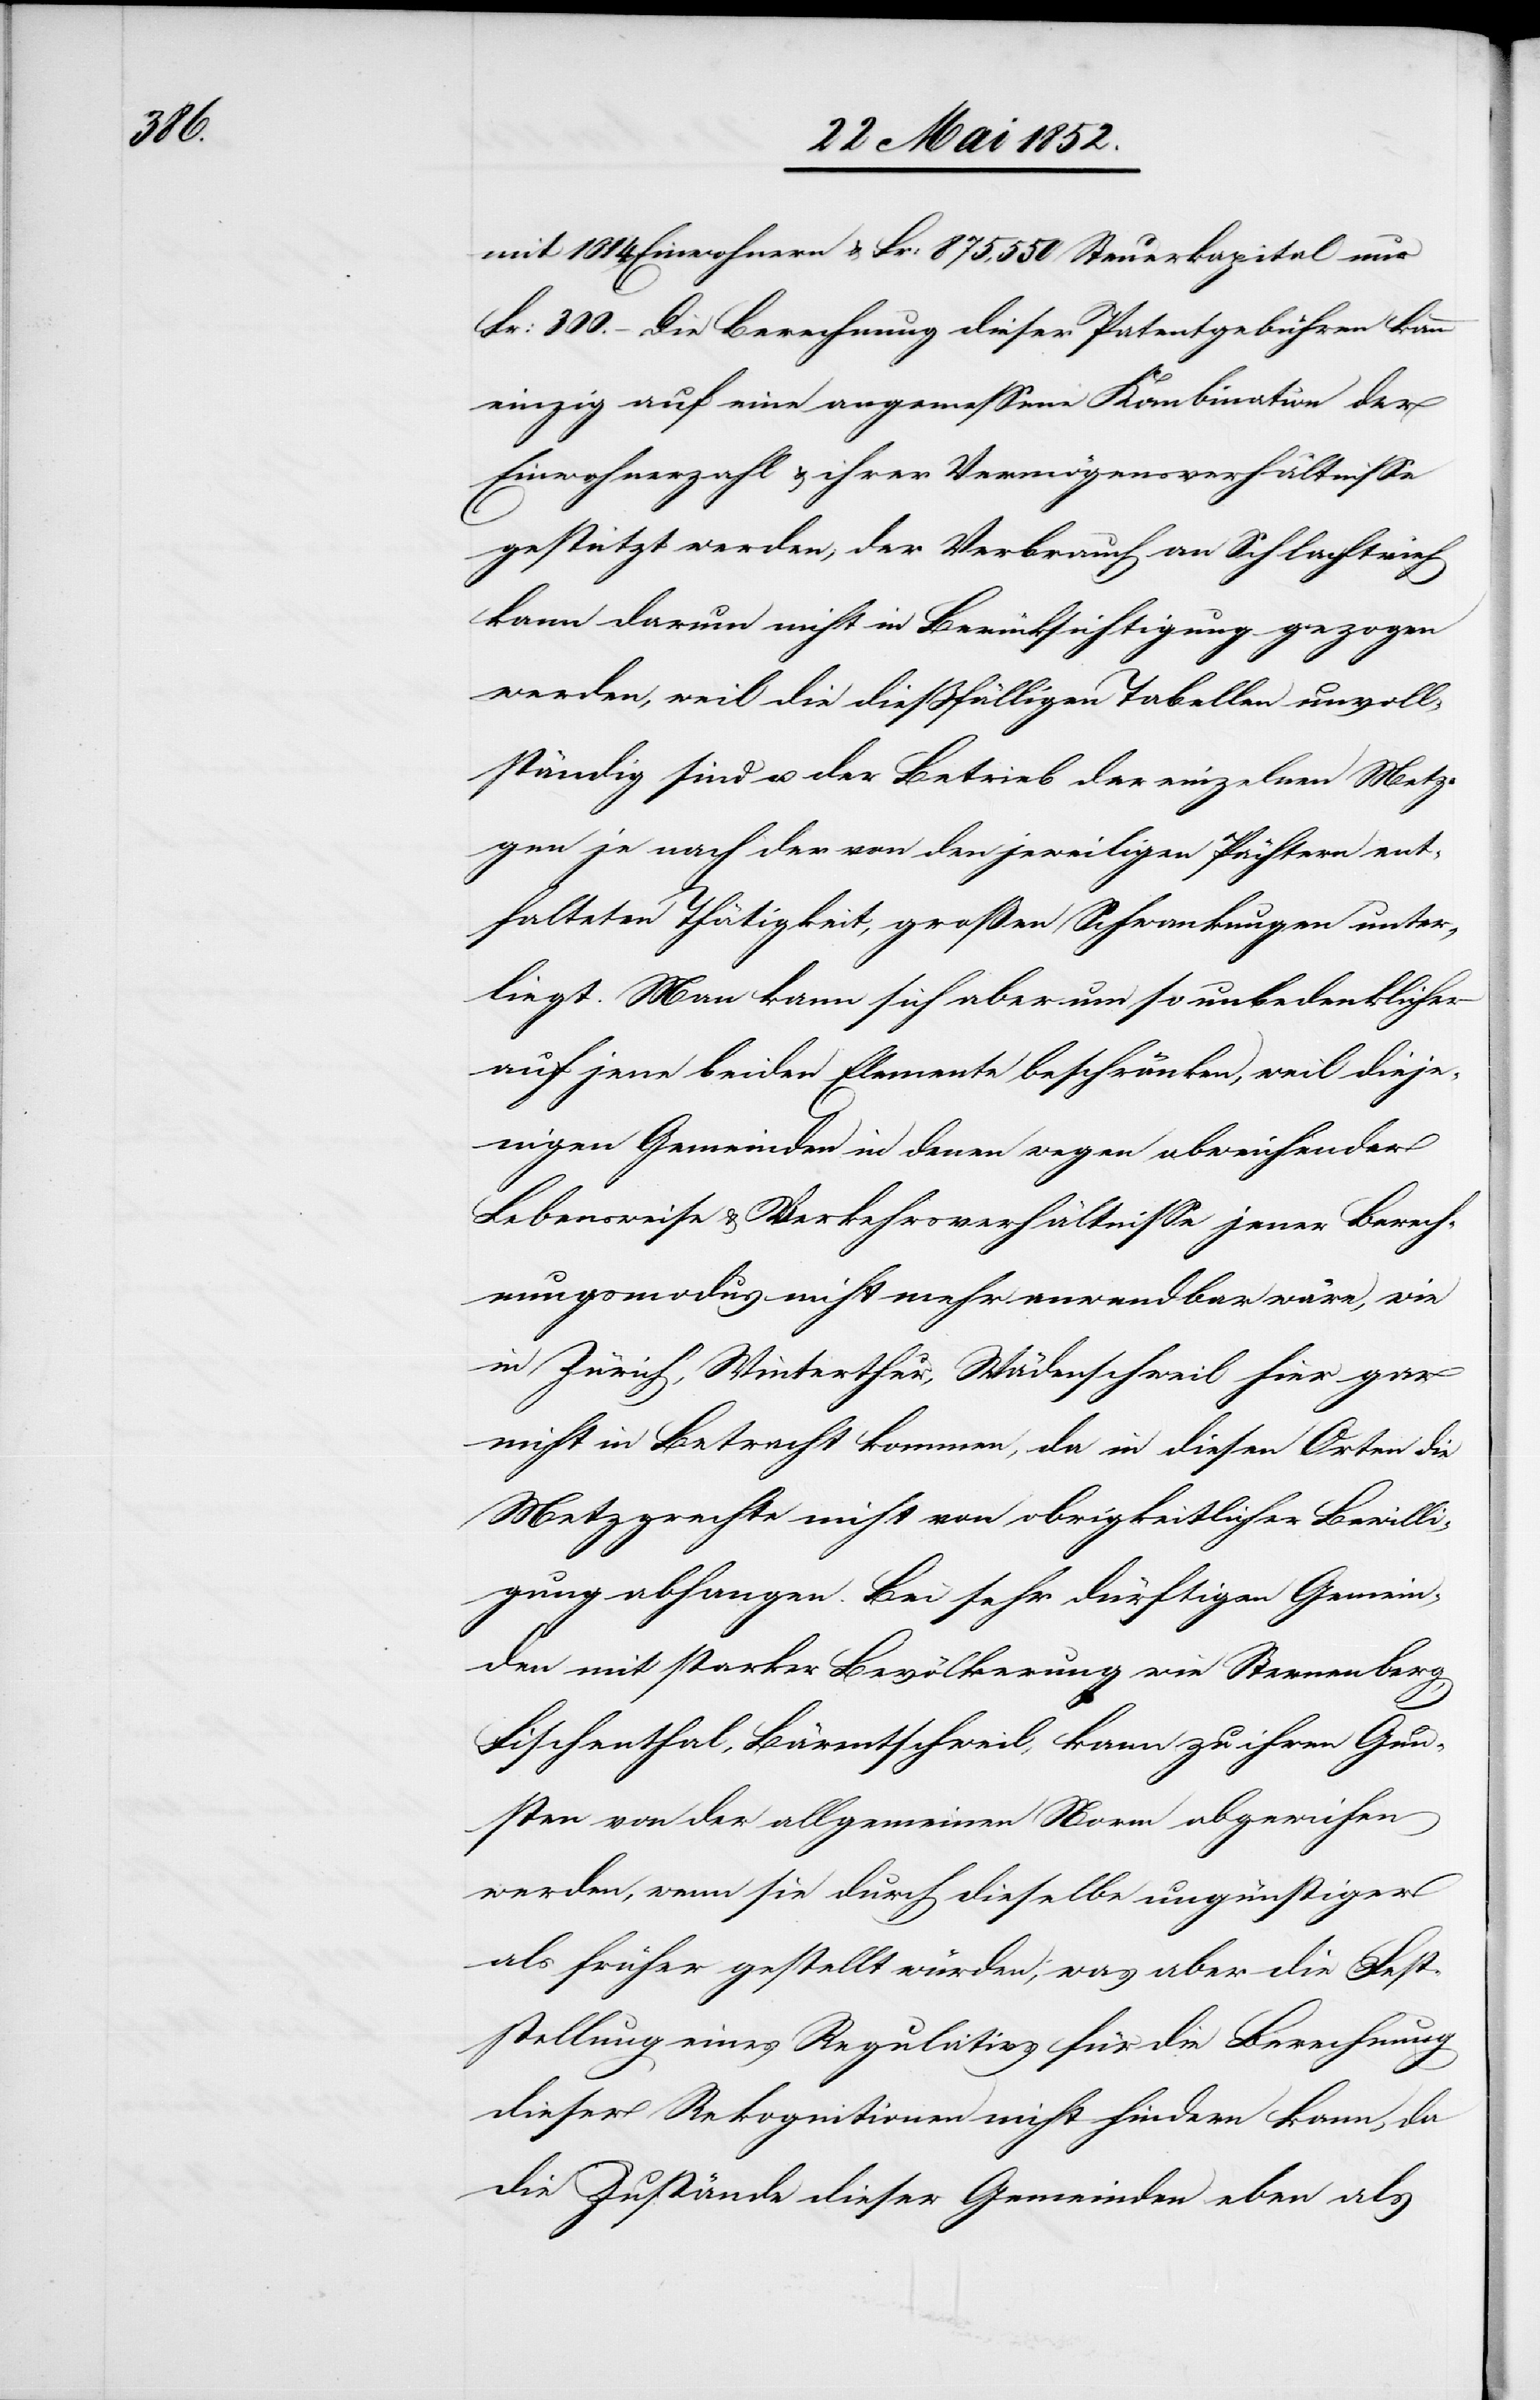
mit 1014 Einwohnern & Fr: 875,550 Steuerkapital nur
Fr: 300. – Die Berechnung dieser Patentgebühren kann
einzig auf eine angemessene Kombination der
Einwohnerzahl & ihrer Vermögensverhältnisse
gestützt werden; der Verbrauch an Schlachtvieh
kann darum nicht in Berücksichtigung gezogen
werden, weil die diessfälligen Tabellen unvoll¬
ständig sind u. der Betrieb der einzelnen Metz¬
gen je nach der von den jeweiligen Pächtern ent¬
falteten Thätigkeit, grossen Schwankungen unter¬
liegt. Man kann sich aber um so unbedenklicher
auf jene beiden Elemente beschränken, weil dieje¬
nigen Gemeinden in denen wegen abweichender
Lebensweise & Verkehrsverhältnisse jener Berech¬
nungsmodus nicht mehr anwendbar wäre, wie
in Zürich, Winterthur, Wädenschweil hier gar
nicht in Betracht kommen, da in diesen Orten die
Metzgrechte nicht von obrigkeitlicher Bewilli¬
gung abhangen. Bei sehr dürftigen Gemein¬
den mit starker Bevölkerung wie Sternenberg,
Fischenthal, Bärentschweil, kann zu ihren Gun¬
sten von der allgemeinen Norm abgewichen
werden, wenn sie durch dieselbe ungünstiger
als früher gestellt würden, was aber die Fest¬
stellung eines Regulativs für die Berechnung
dieser Rekognitionen nicht hindern kann, da
die Zustände dieser Gemeinden eben als